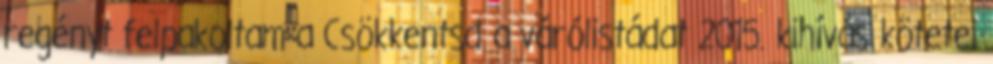
regényt felpakoltam a Csökkentsd a várólistádat 2015. kihívás kötetei